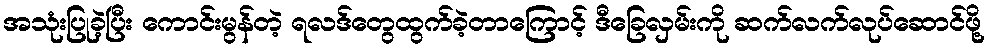
အသုံးပြုခဲ့ပြီး ကောင်းမွန်တဲ့ ရလဒ်တွေထွက်ခဲ့တာကြောင့် ဒီခြေလှမ်းကို ဆက်လက်လုပ်ဆောင်ဖို့